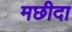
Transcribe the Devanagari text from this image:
मछीदा